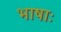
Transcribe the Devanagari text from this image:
भाषाः